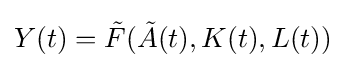
Y(t)={\tilde {F}}({\tilde {A}}(t),K(t),L(t))